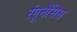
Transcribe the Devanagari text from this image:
रंगूनेंसिस